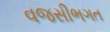
વજસીભગત